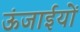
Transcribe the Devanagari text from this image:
ऊंजाईयों